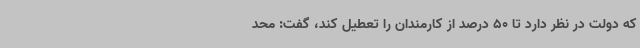
که دولت در نظر دارد تا 50 درصد از کارمندان را تعطیل کند، گفت: محد